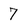
Character: 7